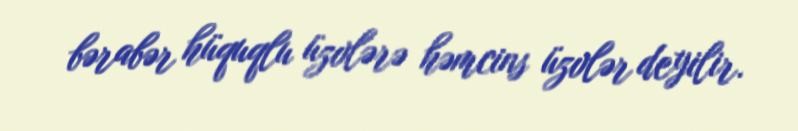
bərabər hüquqlu üzvlərə həmcins üzvlər deyilir.